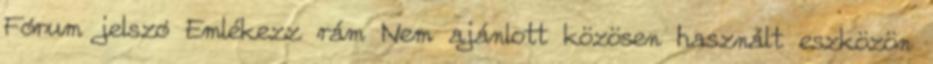
Fórum jelszó Emlékezz rám Nem ajánlott közösen használt eszközön